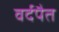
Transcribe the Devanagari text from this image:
वर्दपैत